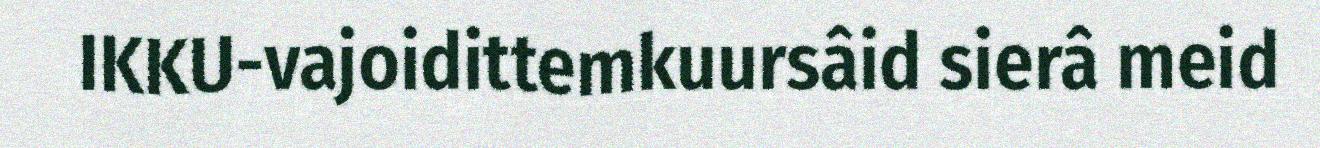
IKKU-vajoidittemkuursâid sierâ meid